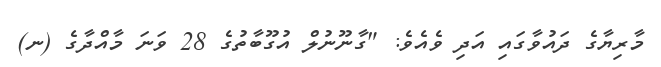
މާރިޔާގެ ދައުވާގައި އަދި ވެއެވެ: "ގާނޫނުލް އުގޫބާތުގެ 28 ވަނަ މާއްދާގެ (ނ)